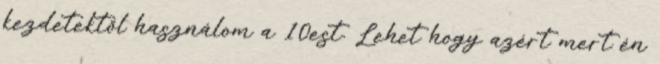
kezdetektől használom a 10est. Lehet hogy azért mert én